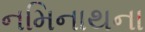
નમિનાથના